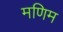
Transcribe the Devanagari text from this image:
मणिम